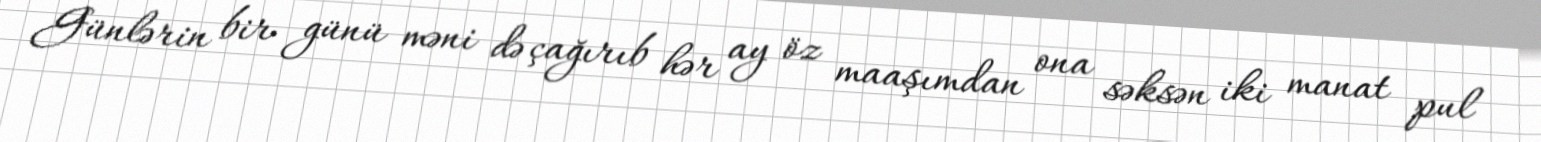
Günlərin bir günü məni də çağırıb hər ay öz maaşımdan ona səksən iki manat pul